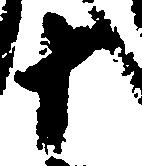
十